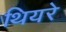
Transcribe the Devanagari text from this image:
थियरे